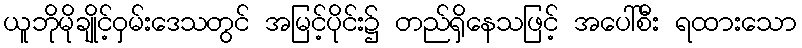
ယူဘိုမိုချိုင့်ဝှမ်းဒေသတွင် အမြင့်ပိုင်း၌ တည်ရှိနေသဖြင့် အပေါ်စီး ရထားသော